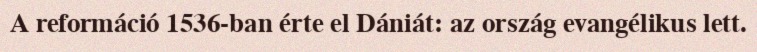
A reformáció 1536-ban érte el Dániát: az ország evangélikus lett.